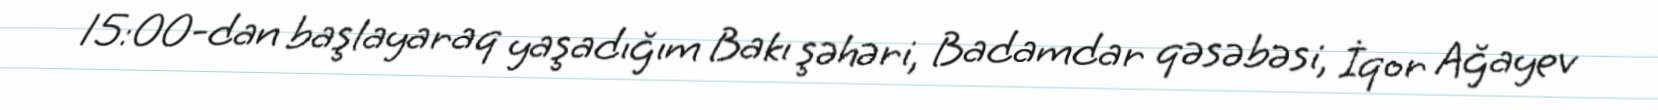
15:00-dan başlayaraq yaşadığım Bakı şəhəri, Badamdar qəsəbəsi, İqor Ağayev